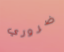
ضروري